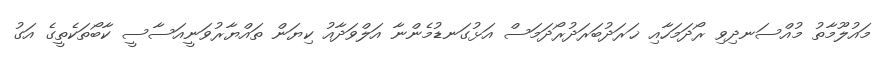
މައުލޫމާތު މުއްސަނދިވި ރޯދަމަހާއި ޚަރަދުބަރަދުރޯދަމަސް އަޅުގަނޑުމެންނާ އަލްވަދާއު ކިޔަން ތައްޔާރުވަނީއަސާސީ ކާބޯތަކެތީގެ އަގު